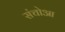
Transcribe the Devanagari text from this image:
संचोआ